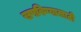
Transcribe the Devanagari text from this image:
खपविण्यासाठी